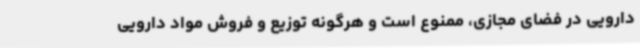
دارویی در فضای مجازی، ممنوع است و هرگونه توزیع و فروش مواد دارویی